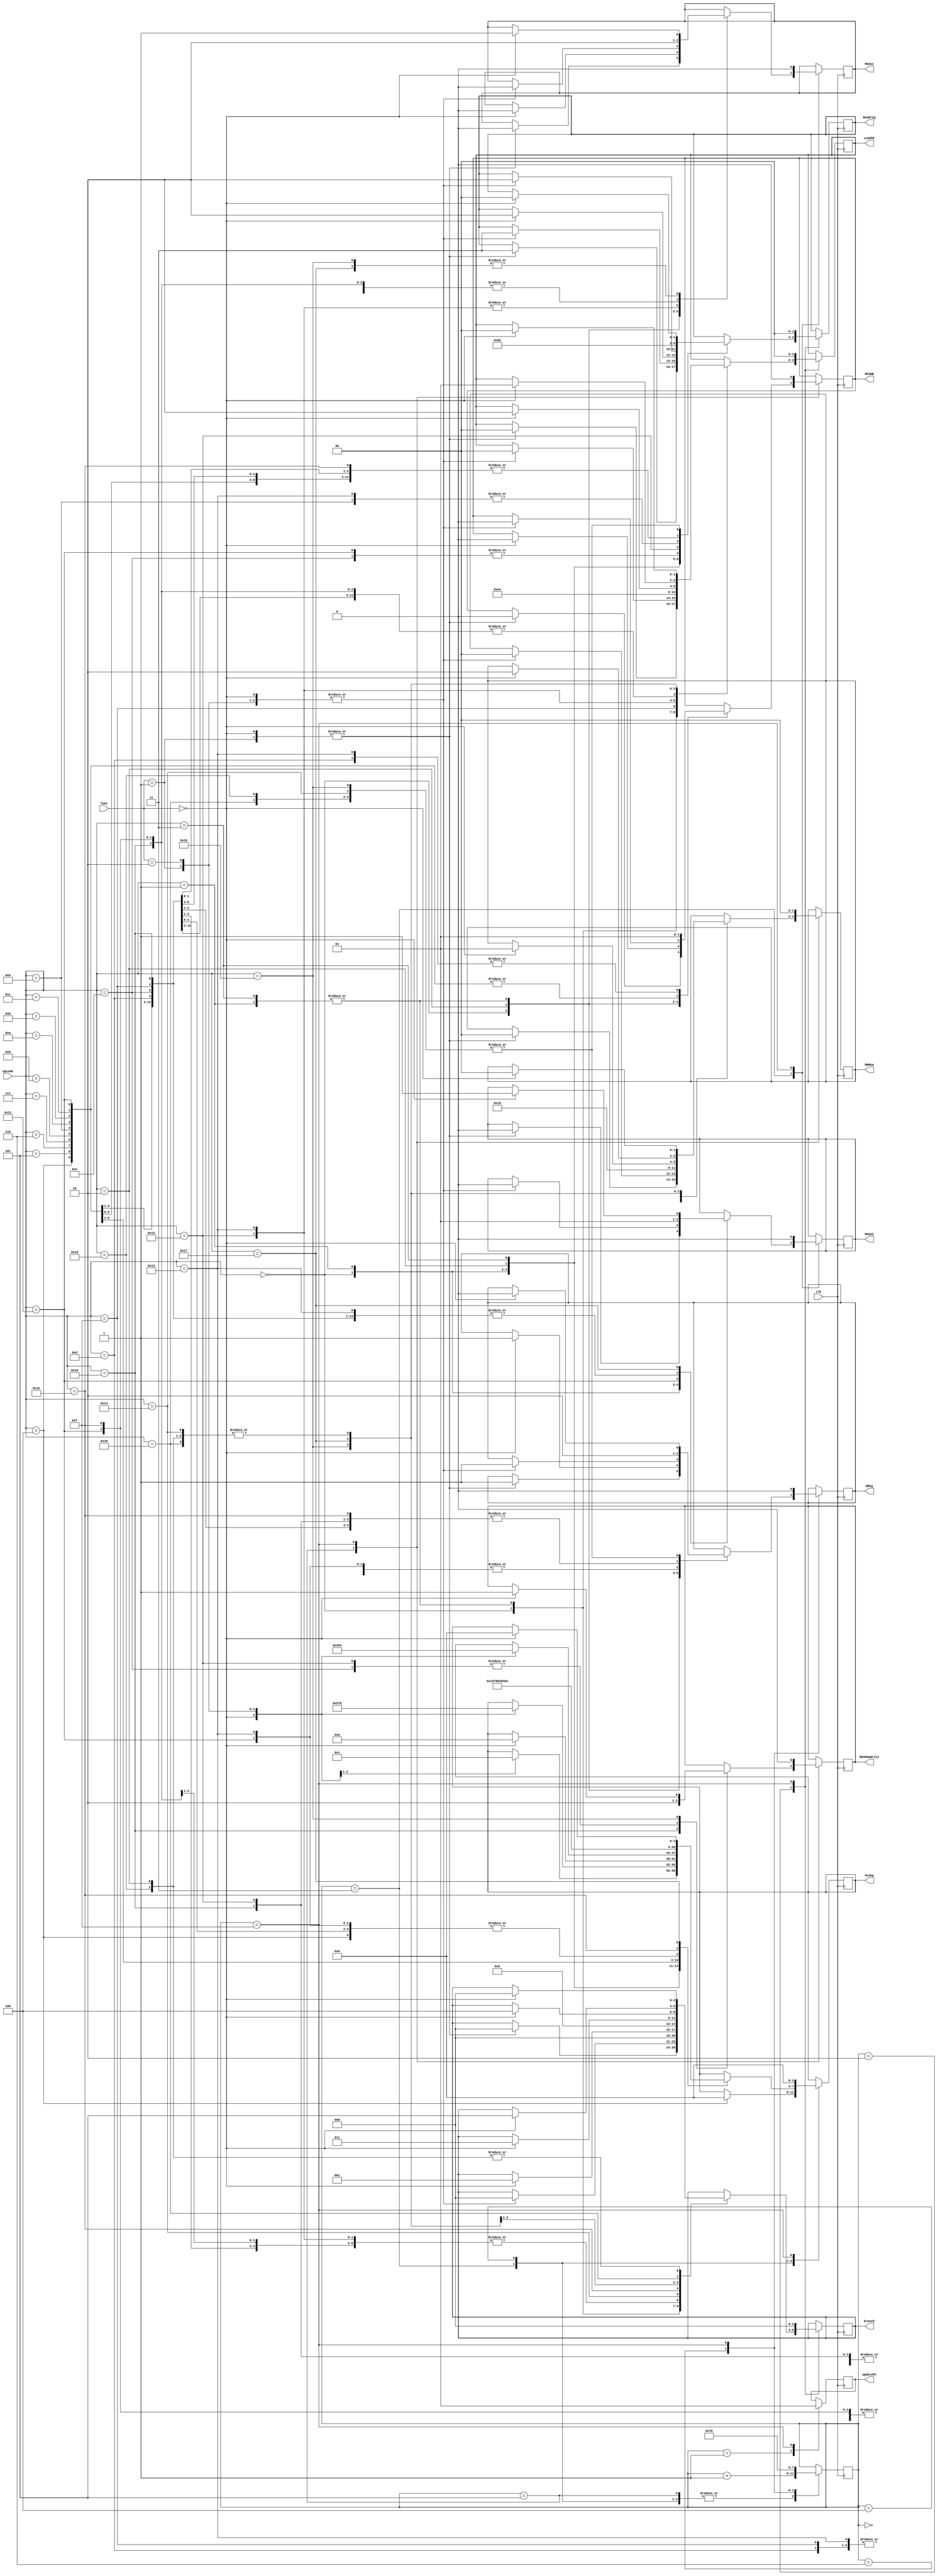
`timescale 1ns / 1ps

module main_control(
    input [5:0] opcode,
    input [5:0] func,
    output reg [1:0] Readreg,
    output reg [3:0] ALUop,
    output reg MUXA1,
    output reg MUXA2,
    output reg WReg,
    output reg MUXWB,
    output reg [1:0] RWMem,
    output reg [1:0] LoadSP,
    output reg  MUXMemWrite,
    output reg [2:0] branch,
    output reg updatePC,
    input clk
);
    reg [3:0] state;
    initial begin
        state = 0;
        Readreg = 2'b00;
        ALUop = 4'b0000;  //dc
        MUXA1 = 0;  //dc
        MUXA2 = 1'b0;  //dc  
        WReg = 0;
        MUXWB = 0;  //dc
        RWMem = 2'b00;
        LoadSP = 2'b00;
        MUXMemWrite = 1'b0;  //dc
        branch = 3'b000;
        updatePC = 1'b0 ;
    end
    always @(posedge clk) begin
        case(state)
            0:begin
                // updatePC<=1;
                state<=state+4'd1;
            end
            1:begin
                updatePC<=0;
                state<=state+4'd1;
            end
            2:begin
                case(opcode)
                    6'b000000:begin
                        case(func)
                        6'b000000:begin
                            Readreg <= 2'b11;
                            LoadSP <= 2'b00;
                            branch <= 3'b000;
                        end
                        6'b000001:begin
                            Readreg <= 2'b11;
                            LoadSP <= 2'b00;
                            branch <= 3'b000;
                        end
                        endcase
                    end

                    6'b000001:begin
                        case(func)
                        6'b000000:begin
                            Readreg <= 2'b11;
                            LoadSP <= 2'b00;
                            branch <= 3'b000;
                        end
                        6'b000001:begin
                            Readreg <= 2'b11;
                            LoadSP <= 2'b00;
                            branch <= 3'b000;
                        end
                        6'b000010:begin
                            Readreg <= 2'b11;
                            LoadSP <= 2'b00;
                            branch <= 3'b000;
                        end
                        endcase
                    end

                    6'b000010:begin
                        case(func)
                        6'b000000:begin
                            Readreg <= 2'b10;
                            LoadSP <= 2'b00;
                            branch <= 3'b000;
                        end
                        endcase
                    end

                    6'b000011:begin
                        case(func)
                        6'b000000:begin
                            Readreg <= 2'b10;
                            LoadSP <= 2'b00;
                            branch <= 3'b000;
                        end
                        6'b000001:begin
                            Readreg <= 2'b10;
                            LoadSP <= 2'b00;
                            branch <= 3'b000;
                        end
                        6'b000010:begin
                            Readreg <= 2'b10;
                            LoadSP <= 2'b00;
                            branch <= 3'b000;
                        end
                        endcase
                    end

                    6'b000100:begin
                        Readreg <= 2'b10;
                        LoadSP <= 2'b00;
                        branch <= 3'b000;
                        // MUXA1 <= 1'b0;
                        // MUXA2 <= 1'b1;
                        // ALUop <= 4'b0000;
                        // MUXWB <= 1'b0;
                        // RWMem <= 2'b00;
                        // WReg <= 1'b1;
                    end

                    6'b000101:begin
                        Readreg <= 2'b10;
                        LoadSP <= 2'b00;
                        branch <= 3'b000;
                    end

                    6'b000110:begin
                        Readreg <= 2'b10;
                        LoadSP <= 2'b00;
                        branch <= 3'b000;
                    end

                    6'b000111:begin
                        Readreg <= 2'b10;
                        LoadSP <= 2'b00;
                        branch <= 3'b000;
                    end

                    6'b001000:begin
                        Readreg <= 2'b10;
                        LoadSP <= 2'b00;
                        branch <= 3'b000;
                    end

                    6'b001001:begin
                        Readreg <= 2'b00;
                        LoadSP <= 2'b00;
                        branch <= 3'b000;
                    end

                    6'b001010:begin
                        Readreg <= 2'b10;
                        LoadSP <= 2'b00;
                        branch <= 3'b000;
                    end

                    6'b001011:begin
                        Readreg <= 2'b10;
                        LoadSP <= 2'b00;
                        branch <= 3'b000;
                    end

                    6'b001100:begin
                        Readreg <= 2'b10;
                        LoadSP <= 2'b00;
                        branch <= 3'b000;
                    end

                    6'b001101:begin
                        Readreg <= 2'b10;
                        LoadSP <= 2'b00;
                        branch <= 3'b000;
                    end

                    6'b001110:begin
                        Readreg <= 2'b11;
                        LoadSP <= 2'b00;
                        branch <= 3'b000;
                    end

                    6'b001111:begin
                        Readreg <= 2'b10;
                        LoadSP <= 2'b11;
                        branch <= 3'b000;
                    end

                    6'b010000:begin
                        Readreg <= 2'b10;
                        LoadSP <= 2'b00;
                        branch <= 3'b000;
                    end

                    6'b010001:begin
                        Readreg <= 2'b11;
                        LoadSP <= 2'b00;
                        branch <= 3'b000;
                    end

                    6'b010010:begin
                        Readreg <= 2'b01;
                        LoadSP <= 2'b10;
                        branch <= 3'b000;
                    end

                    6'b010011:begin
                        Readreg <= 2'b00;
                        LoadSP <= 2'b01;
                        branch <= 3'b000;
                    end

                    6'b010100:begin
                        case(func)
                            6'b000000:begin
                                Readreg <= 2'b00;
                                LoadSP <= 2'b00;
                                branch <= 3'b001;
                            end
                        endcase
                    end

                    6'b010101:begin
                        case(func)
                            default:begin
                                Readreg <= 2'b10;
                                LoadSP <= 2'b00;
                                branch <= 3'b010;
                            end
                        endcase
                    end

                    6'b010110:begin
                        case(func)
                            6'b000000:begin
                                Readreg <= 2'b00;
                                LoadSP <= 2'b10;
                                branch <= 3'b011;
                            end
                        endcase
                    end

                    6'b010111:begin
                        case(func)
                            6'b000000:begin
                                Readreg <= 2'b00;
                                LoadSP <= 2'b01;
                                branch <= 3'b100;
                            end
                        endcase
                    end

                    6'b011000:begin
                        case(func)
                            6'b000000:begin
                                Readreg <= 2'b00;
                                LoadSP <= 2'b00;
                                branch <= 3'b101;
                            end
                        endcase
                    end

                    6'b011001:begin
                        case(func)
                            6'b000000:begin
                                Readreg <= 2'b00;
                                LoadSP <= 2'b00;
                                branch <= 3'b000;
                            end
                        endcase
                    end
                endcase
                state <= state+4'd1;
            end

            3:begin
                case(opcode)
                    6'b000000:begin
                        case(func)
                        6'b000000:begin
                            MUXA1 <= 1'b0;
                            MUXA2 <= 1'b0;
                        end
                        6'b000001:begin
                            MUXA1 <= 1'b0;
                            MUXA2 <= 1'b0;
                        end
                        endcase
                    end

                    6'b000001:begin
                        case(func)
                        6'b000000:begin
                            MUXA1 <= 1'b0;
                            MUXA2 <= 1'b0;
                        end
                        6'b000001:begin
                            MUXA1 <= 1'b0;
                            MUXA2 <= 1'b0;
                        end
                        6'b000010:begin
                            MUXA1 <= 1'b0;
                            MUXA2 <= 1'b0;
                        end
                        endcase
                    end

                    6'b000010:begin
                        case(func)
                        6'b000000:begin
                            MUXA1 <= 1'b0;
                            end
                        endcase
                    end

                    6'b000011:begin
                        case(func)
                        6'b000000:begin
                            MUXA1 <= 1'b0;
                            // MUXA2 <= 1'b0;
                        end
                        6'b000001:begin
                            MUXA1 <= 1'b0;
                            // MUXA2 <= 1'b0;
                        end
                        6'b000010:begin
                            MUXA1 <= 1'b0;
                            // MUXA2 <= 1'b0;
                        end
                        endcase
                    end

                    6'b000100:begin
                        MUXA1 <= 1'b0;
                        MUXA2 <= 1'b1;
                        ALUop <= 4'b0000;
                    end

                    6'b000101:begin
                        MUXA1 <= 1'b0;
                        MUXA2 <= 1'b1;
                    end

                    6'b000110:begin
                        MUXA1 <= 1'b0;
                        MUXA2 <= 1'b1;
                    end

                    6'b000111:begin
                        MUXA1 <= 1'b0;
                        MUXA2 <= 1'b1;
                    end

                    6'b001000:begin
                        MUXA1 <= 1'b0;
                        MUXA2 <= 1'b1;
                    end

                    6'b001001:begin
                        // MUXA1 <= 1'b0;
                        MUXA2 <= 1'b1;
                    end

                    6'b001010:begin
                        MUXA1 <= 1'b0;
                        MUXA2 <= 1'b1;
                    end

                    6'b001011:begin
                        MUXA1 <= 1'b0;
                        MUXA2 <= 1'b1;
                    end

                    6'b001100:begin
                        MUXA1 <= 1'b0;
                        MUXA2 <= 1'b1;
                    end

                    6'b001101:begin
                        MUXA1 <= 1'b0;
                        MUXA2 <= 1'b1;
                    end

                    6'b001110:begin
                        MUXA1 <= 1'b0;
                        MUXA2 <= 1'b1;
                    end

                    6'b001111:begin
                        MUXA1 <= 1'b0;
                        MUXA2 <= 1'b1;
                    end

                    6'b010000:begin
                        MUXA1 <= 1'b0;
                        MUXA2 <= 1'b1;
                    end

                    6'b010001:begin
                        MUXA1 <= 1'b0;
                        MUXA2 <= 1'b0;
                    end

                    6'b010010:begin
                        MUXA1 <= 1'b1;
                        // MUXA2 <= 1'b1;
                    end

                    6'b010011:begin
                        MUXA1 <= 1'b1;
                        MUXA2 <= 1'b1;
                    end

                    6'b010100:begin
                        case(func)
                            6'b000000:begin
                                // MUXA1 <= 1'b0;
                                // MUXA2 <= 1'b1;
                            end
                        endcase
                    end

                    6'b010101:begin
                        case(func)
                            default:begin
                                MUXA1 <= 1'b0;
                                // MUXA2 <= 1'b1;
                            end
                        endcase
                    end

                    6'b010110:begin
                        case(func)
                            6'b000000:begin
                                MUXA1 <= 1'b1;
                                // MUXA2 <= 1'b1;
                            end
                        endcase
                    end

                    6'b010111:begin
                        case(func)
                            6'b000000:begin
                                MUXA1 <= 1'b1;
                                MUXA2 <= 1'b1;
                            end
                        endcase
                    end

                    6'b011000:begin
                        case(func)
                            6'b000000:begin
                                
                            end
                        endcase
                    end

                    6'b011001:begin
                        case(func)
                            6'b000000:begin
                            end
                        endcase
                    end
                endcase
                state <= state+4'd1;
            end

            4:begin
                case(opcode)
                    6'b000000:begin
                        case(func)
                        6'b000000:begin
                            ALUop <= 4'b0000;
                        end
                        6'b000001:begin
                            ALUop <= 4'b0001;
                        end
                        endcase
                    end

                    6'b000001:begin
                        case(func)
                        6'b000000:begin
                            ALUop <= 4'b0101;
                        end
                        6'b000001:begin
                            ALUop <= 4'b0111;
                        end
                        6'b000010:begin
                            ALUop <= 4'b1000;
                        end
                        endcase
                    end

                    6'b000010:begin
                        case(func)
                        6'b000000:begin
                            ALUop <= 4'b0110;
                        end
                        endcase
                    end

                    6'b000011:begin
                        case(func)
                        6'b000000:begin
                            ALUop <= 4'b0011;
                        end
                        6'b000001:begin
                            ALUop <= 4'b1001;
                        end
                        6'b000010:begin
                            ALUop <= 4'b0100;
                        end
                        endcase
                    end

                    6'b000100:begin
                        ALUop <= 4'b0000;
                    end

                    6'b000101:begin
                        ALUop <= 4'b0001;
                    end

                    6'b000110:begin
                        ALUop <= 4'b0101;
                    end

                    6'b000111:begin
                        ALUop <= 4'b0111;
                    end

                    6'b001000:begin
                        ALUop <= 4'b1000;
                    end

                    6'b001001:begin
                        ALUop <= 4'b0110;
                    end

                    6'b001010:begin
                        ALUop <= 4'b0011;
                    end

                    6'b001011:begin
                        ALUop <= 4'b1001;
                    end

                    6'b001100:begin
                        ALUop <= 4'b0100;
                    end

                    6'b001101:begin
                        ALUop <= 4'b0000;
                    end

                    6'b001110:begin
                        ALUop <= 4'b0000;
                    end

                    6'b001111:begin
                        ALUop <= 4'b0000;
                    end

                    6'b010000:begin
                        ALUop <= 4'b0000;
                    end

                    6'b010001:begin
                        ALUop <= 4'b0000;
                    end

                    6'b010010:begin
                    end

                    6'b010011:begin
                        ALUop <= 4'b0000;
                    end

                    6'b010100:begin
                        case(func)
                            6'b000000:begin
                            end
                        endcase
                    end

                    6'b010101:begin
                        case(func)
                            default:begin
                                ALUop <= 4'b0010;
                            end
                        endcase
                    end

                    6'b010110:begin
                        case(func)
                            6'b000000:begin
                            end
                        endcase
                    end

                    6'b010111:begin
                        case(func)
                            6'b000000:begin
                                ALUop <= 4'b0000;
                            end
                        endcase
                    end

                    6'b011000:begin
                        case(func)
                            6'b000000:begin
                            end
                        endcase
                    end

                    6'b011001:begin
                        case(func)
                            6'b000000:begin
                            end
                        endcase
                    end
                endcase
                state <= state + 4'd1;
            end

            5:begin
                case(opcode)
                    6'b000000:begin
                        case(func)
                        6'b000000:begin
                            MUXWB <= 1'b0;
                            RWMem <= 2'b00;
                        end
                        6'b000001:begin
                            MUXWB <= 1'b0;
                            RWMem <= 2'b00;
                        end
                        endcase
                    end

                    6'b000001:begin
                        case(func)
                        6'b000000:begin
                            MUXWB <= 1'b0;
                            RWMem <= 2'b00;
                        end
                        6'b000001:begin
                            MUXWB <= 1'b0;
                            RWMem <= 2'b00;
                        end
                        6'b000010:begin
                            MUXWB <= 1'b0;
                            RWMem <= 2'b00;
                        end
                        endcase
                    end

                    6'b000010:begin
                        case(func)
                        6'b000000:begin
                            MUXWB <= 1'b0;
                            RWMem <= 2'b00;
                        end
                        endcase
                    end

                    6'b000011:begin
                        case(func)
                        6'b000000:begin
                            MUXWB <= 1'b0;
                            RWMem <= 2'b00;
                        end
                        6'b000001:begin
                            MUXWB <= 1'b0;
                            RWMem <= 2'b00;
                        end
                        6'b000010:begin
                            MUXWB <= 1'b0;
                            RWMem <= 2'b00;
                        end
                        endcase
                    end

                    6'b000100:begin
                        MUXWB <= 1'b0;
                        RWMem <= 2'b00;
                    end

                    6'b000101:begin
                        MUXWB <= 1'b0;
                        RWMem <= 2'b00;
                    end

                    6'b000110:begin
                        MUXWB <= 1'b0;
                        RWMem <= 2'b00;
                    end

                    6'b000111:begin
                        MUXWB <= 1'b0;
                        RWMem <= 2'b00;
                    end

                    6'b001000:begin
                        MUXWB <= 1'b0;
                        RWMem <= 2'b00;
                    end

                    6'b001001:begin
                        MUXWB <= 1'b0;
                        RWMem <= 2'b00;
                    end

                    6'b001010:begin
                        MUXWB <= 1'b0;
                        RWMem <= 2'b00;
                    end

                    6'b001011:begin
                        MUXWB <= 1'b0;
                        RWMem <= 2'b00;
                    end

                    6'b001100:begin
                        MUXWB <= 1'b0;
                        RWMem <= 2'b00;
                    end

                    6'b001101:begin
                        MUXWB <= 1'b1;
                        RWMem <= 2'b10;
                    end

                    6'b001110:begin
                        // MUXWB <= 1'b0;
                        RWMem <= 2'b01;
                        MUXMemWrite <= 1'b0;
                    end

                    6'b001111:begin
                        // MUXWB <= 1'b0;
                        RWMem <= 2'b10;
                    end

                    6'b010000:begin
                        // MUXWB <= 1'b0;
                        RWMem <= 2'b01;
                        MUXMemWrite <= 1'b1;
                    end

                    6'b010001:begin
                        MUXWB <= 1'b0;
                        RWMem <= 2'b00;
                    end

                    6'b010010:begin
                        // MUXWB <= 1'b0;
                        RWMem <= 2'b01;
                        MUXMemWrite <= 1'b0;
                    end

                    6'b010011:begin
                        MUXWB <= 1'b1;
                        RWMem <= 2'b10;
                    end

                    6'b010100:begin
                        case(func)
                            6'b000000:begin
                                // MUXWB <= 1'b0;
                                RWMem <= 2'b00;
                            end
                        endcase
                    end

                    6'b010101:begin
                        case(func)
                            default:begin
                                // MUXWB <= 1'b0;
                                RWMem <= 2'b00;
                            end
                        endcase
                    end

                    6'b010110:begin
                        case(func)
                            6'b000000:begin
                                // MUXWB <= 1'b0;
                                RWMem <= 2'b01;
                                MUXMemWrite <= 1'b1;
                            end
                        endcase
                    end

                    6'b010111:begin
                        case(func)
                            6'b000000:begin
                                // MUXWB <= 1'b0;
                                RWMem <= 2'b10;
                            end
                        endcase
                    end

                    6'b011000:begin
                        case(func)
                            6'b000000:begin
                                // MUXWB <= 1'b0;
                                RWMem <= 2'b00;
                            end
                        endcase
                    end

                    6'b011001:begin
                        case(func)
                            6'b000000:begin
                                // MUXWB <= 1'b0;
                                RWMem <= 2'b00;
                            end
                        endcase
                    end
                endcase
                state <= state + 4'd1;
            end

            6:begin
                case(opcode)
                    6'b000000:begin
                        case(func)
                        6'b000000:begin
                            WReg <= 1'b1;
                        end
                        6'b000001:begin
                            WReg <= 1'b1;
                        end
                        endcase
                    end

                    6'b000001:begin
                        case(func)
                        6'b000000:begin
                            WReg <= 1'b1;
                        end
                        6'b000001:begin
                            WReg <= 1'b1;
                        end
                        6'b000010:begin
                            WReg <= 1'b1;
                        end
                        endcase
                    end

                    6'b000010:begin
                        case(func)
                        6'b000000:begin
                            WReg <= 1'b1;
                        end
                        endcase
                    end

                    6'b000011:begin
                        case(func)
                        6'b000000:begin
                            WReg <= 1'b1;
                        end
                        6'b000001:begin
                            WReg <= 1'b1;
                        end
                        6'b000010:begin
                            WReg <= 1'b1;
                        end
                        endcase
                    end

                    6'b000100:begin
                        WReg <= 1'b1;
                    end

                    6'b000101:begin
                        WReg <= 1'b1;
                    end

                    6'b000110:begin
                        WReg <= 1'b1;
                    end

                    6'b000111:begin
                        WReg <= 1'b1;
                    end

                    6'b001000:begin
                        WReg <= 1'b1;
                    end

                    6'b001001:begin
                        WReg <= 1'b1;
                    end

                    6'b001010:begin
                        WReg <= 1'b1;
                    end

                    6'b001011:begin
                        WReg <= 1'b1;
                    end

                    6'b001100:begin
                        WReg <= 1'b1;
                    end

                    6'b001101:begin
                        WReg <= 1'b1;
                    end

                    6'b001110:begin
                        WReg <= 1'b0;
                    end

                    6'b001111:begin
                        WReg <= 1'b0;
                    end

                    6'b010000:begin
                        WReg <= 1'b0;
                    end

                    6'b010001:begin
                        WReg <= 1'b1;
                    end

                    6'b010010:begin
                        WReg <= 1'b0;
                    end

                    6'b010011:begin
                        WReg <= 1'b1;
                    end

                    6'b010100:begin
                        case(func)
                            6'b000000:begin
                                WReg <= 1'b0;
                            end
                        endcase
                    end

                    6'b010101:begin
                        case(func)
                            default:begin
                                WReg <= 1'b0;
                            end
                        endcase
                    end

                    6'b010110:begin
                        case(func)
                            6'b000000:begin
                                WReg <= 1'b0;
                            end
                        endcase
                    end

                    6'b010111:begin
                        case(func)
                            6'b000000:begin
                                WReg <= 1'b0;
                            end
                        endcase
                    end

                    6'b011000:begin
                        case(func)
                            6'b000000:begin
                                WReg <= 1'b0;
                            end
                        endcase
                    end

                    6'b011001:begin
                        case(func)
                            6'b000000:begin
                                WReg <= 1'b0;
                            end
                        endcase
                    end
                endcase
                state <= 4'd15;
            end

            15:begin
                updatePC <= 1'b1;
                Readreg <= 2'b00;
                ALUop <= 4'b0000;
                MUXA1 <= 1'b0;
                MUXA2 <= 1'b0;
                WReg <= 1'b0;
                MUXWB <= 1'b0;
                RWMem <= 2'b00;
                LoadSP <= 2'b00;
                MUXMemWrite <= 1'b0;
                branch <= 3'b000;
                state <= 4'd0;
            end
        endcase
    end
endmodule